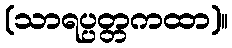
(သာရပ္ပတ္တကထာ)။